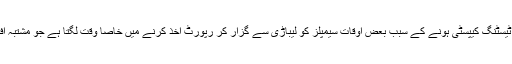
انہوں نے اس بات کی تصدیق کی کہ حکومت کے پاس محدود ٹیسٹنگ کیپسٹی ہونے کے سبب بعض اوقات سیمپلز کو لیباڑی سے گزار کر رپورٹ اخذ کرنے میں خاصا وقت لگتا ہے جو مشتبہ افراد اور ان کے خاندانوں کے لئے پریشانی کا باعث بن رہا ہے۔